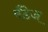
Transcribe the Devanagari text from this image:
बँडेज